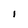
Character: 1